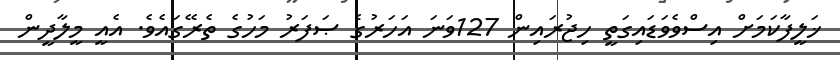
ޚަލީފާކަމަށް އިސްވެވަޑައިގަތީ ހިޖުރައިން 127ވަނަ އަހަރުގެ ޞަފަރު މަހުގެ ތެރޭގައެވެ. އެއީ މީލާދީން